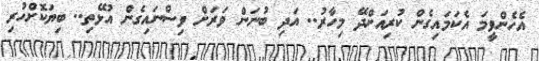
އެހެންވީމަ އެކަމައިގެން ކުރިއަށްދޭ މިހާރު.. އަދި ބުނަން ވަރަށް ވިސްނައިގެން އުޅޭތި.. ބިޔަކޮށްހުރި